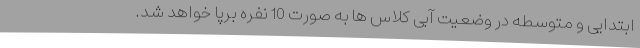
ابتدایی و متوسطه در وضعیت آبی کلاس ها به صورت 10 نفره برپا خواهد شد.